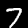
Digit: 7